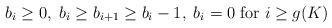
LaTeX: \begin{align*}b_i\geq 0, \; b_i\geq b_{i+1}\geq b_i-1, \; b_i=0\; \mbox{for $i\geq g(K)$}\end{align*}